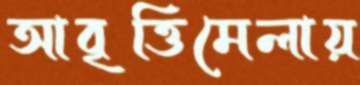
আবৃত্তিমেলায়